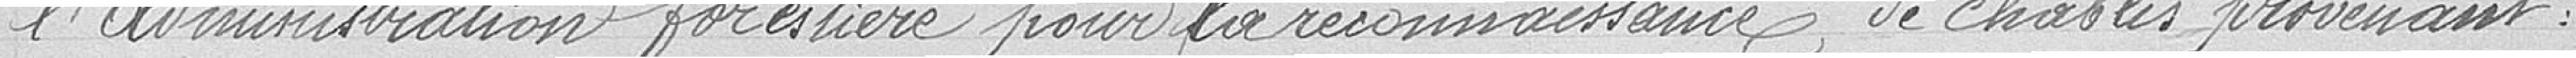
l'Administration forestière pour la reconnaissance de chablis provenant